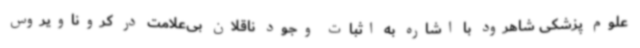
علوم پزشکی شاهرود با اشاره به اثبات وجود ناقلان بی‌علامت در کروناویروس